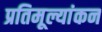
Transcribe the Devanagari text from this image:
प्रतिमूल्यांकन